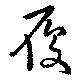
履